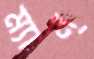
ম্যান্